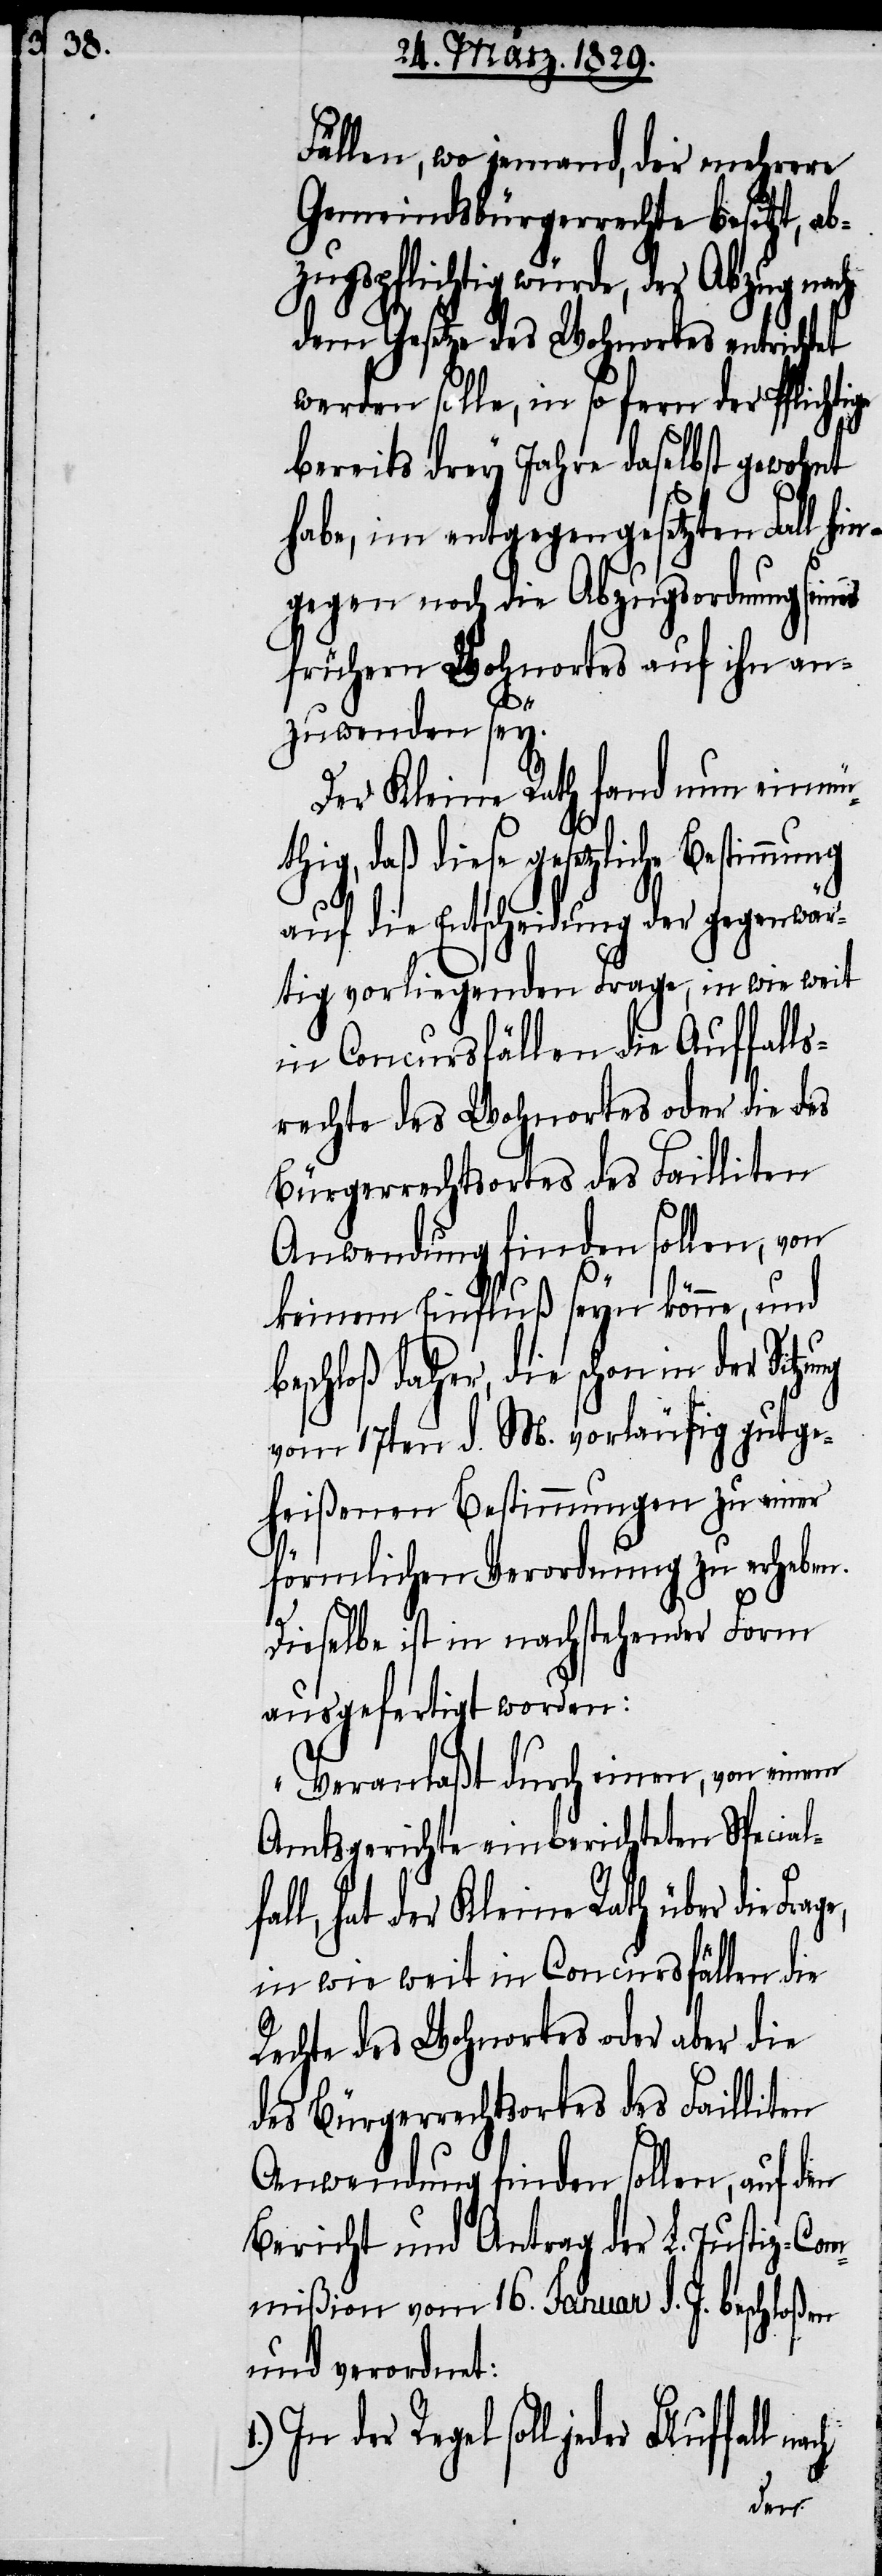
Fällen, wo jemand, der mehrere
Gemeindsbürgerrechte besitzt, ab¬
zugspflichtig würde, der Abzug nach
dem Gesetze des Wohnortes entrichtet
werden solle, in so fern der Pflichtige
bereits drey Jahre daselbst gewohnt
habe, im entgegen gesetzten Fall hi¬
ngegen noch die Abzugsordnung seines
frühern Wohnortes auf ihn an¬
zuwenden sey.
Der Kleine Rath fand nun einmü¬
thig, daß diese gesetzliche Bestimmung
auf die Entscheidung der gegenwär¬
tig vorliegenden Frage, in wie weit
in Concursfällen die Auffalls¬
rechte des Wohnortes oder die des
Bürgerrechtsortes des Failliten
Anwendung finden sollen, von
keinem Einfluß seyn könne, und
beschloß daher, die schon in der
vom 17ten d. M. vorläufig gutge¬
heißenen Bestimmungen zu einer
1.)
förmlichen Verordnung zu erheben.
Dieselbe ist in nachstehende Form
ausgefertigt worden:
„Veranlaßt durch einen, von einem
Amtsgerichte einberichteten Specialf¬
all, hat der Kleine Rath über die
in wie weit in Concursfällen die
Rechte des Wohnortes oder aber die
des Bürgerrechtsortes des Failliten
Anwendung finden sollen, auf den
Bericht und Antrag der L. Justiz-Com¬
mißion vom 16. Januar d. J. beschloßen
und verordnet:
In der Regel soll jedes